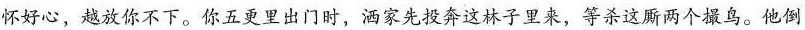
怀好心，越放你不下。你五更里出门时，洒家先投奔这林子里来，等杀这厮两个撮鸟。他倒